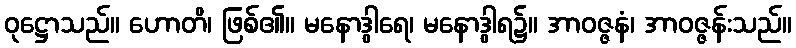
ဝုဋ္ဌောသည်။ ဟောတိ၊ ဖြစ်၏။ မနောဒွါရေ၊ မနောဒွါရ၌။ အာဝဇ္ဇနံ၊ အာဝဇ္ဇန်းသည်။